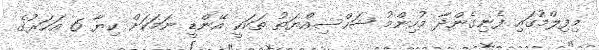
މިފިލްމުގައި ފެނިގެންދާ މުހިންމު ޝަހްސިއްޔަތު ތަކަކީ އޭންޑީ ނަމަކަށް ކިޔާ 6 އަހަރުގެ